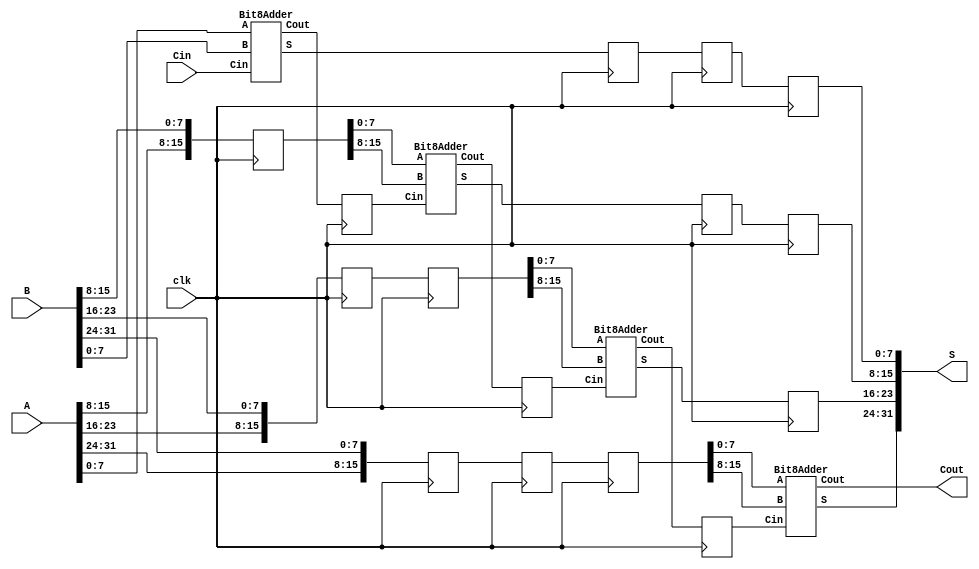
`timescale 1ns / 1ps

module PipelineAdder(
    input clk,
    input [31:0] A,
    input [31:0] B,
    input Cin,
    output [31:0] S,
    output Cout
    );
    reg C_buffer_0, C_buffer_1, C_buffer_2;
    reg [15:0] buffer_01, buffer_02, buffer_03, buffer_12, buffer_13, buffer_23;
    reg [7:0] buffer_00, buffer_10, buffer_11, buffer_20, buffer_21, buffer_22;
    wire C0, C1, C2;
    wire [7:0] Sout_0, Sout_1, Sout_2;

    Bit8Adder Adder_0(A[7:0], B[7:0], Cin, Sout_0, C0);
    Bit8Adder Adder_1(buffer_01[7:0], buffer_01[15:8], C_buffer_0, Sout_1, C1);
    Bit8Adder Adder_2(buffer_12[7:0], buffer_12[15:8], C_buffer_1, Sout_2, C2);
    Bit8Adder Adder_3(buffer_23[7:0], buffer_23[15:8], C_buffer_2, S[31:24], Cout);
    assign S[23:16] = buffer_22;
    assign S[15:8] = buffer_21;
    assign S[7:0] = buffer_20;

    always @(posedge clk) begin
        buffer_00 <= Sout_0;
        buffer_01 <= {A[15:8], B[15:8]};
        buffer_02 <= {A[23:16], B[23:16]};
        buffer_03 <= {A[31:24], B[31:24]};

        buffer_10 <= buffer_00;
        buffer_11 <= Sout_1;
        buffer_12 <= buffer_02;
        buffer_13 <= buffer_03;

        buffer_20 <= buffer_10;
        buffer_21 <= buffer_11;
        buffer_22 <= Sout_2;
        buffer_23 <= buffer_13;

        C_buffer_0 <= C0;
        C_buffer_1 <= C1;
        C_buffer_2 <= C2;
    end
    
endmodule

module Bit8Adder(
    input [7:0] A,
    input [7:0] B,
    input Cin,
    output [7:0] S,
    output Cout
    );
    wire C1, C2, C3, C4, C5, C6, C7;
    
    Full_Adder FA0(A[0], B[0], Cin, S[0], C1);
    Full_Adder FA1(A[1], B[1], C1, S[1], C2);
    Full_Adder FA2(A[2], B[2], C2, S[2], C3);
    Full_Adder FA3(A[3], B[3], C3, S[3], C4);
    Full_Adder FA4(A[4], B[4], C4, S[4], C5);
    Full_Adder FA5(A[5], B[5], C5, S[5], C6);
    Full_Adder FA6(A[6], B[6], C6, S[6], C7);
    Full_Adder FA7(A[7], B[7], C7, S[7], Cout);
    
endmodule

module Full_Adder(
    input A,
    input B,
    input Cin,
    output S,
    output Cout
    );
    wire y;
    assign y = A ^ B;
    assign S = y ^ Cin;
    assign Cout = (y & Cin) | (A & B);
endmodule